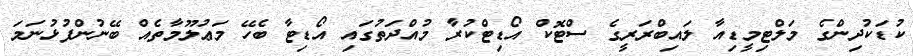
ކުޑަކުދިންގެ މަލްޓިމީޑިއާ ލައިބްރަރީގެ ސްޓޮކް އޯޑިޓްކުރާ މުއްދަތުގައި އޯޑިޓާ ބެހޭ މަޢުލޫމާތެއް ބޭނުންފުޅުނަމަ